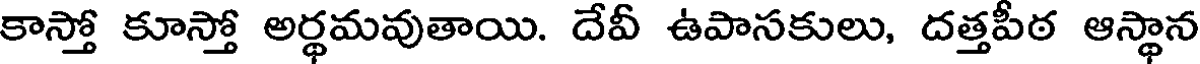
కాస్తో కూస్తో అర్థమవుతాయి. దేవీ ఉపాసకులు, దత్తపీఠ ఆస్థాన